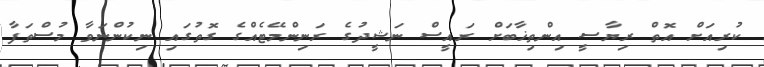
ކުރިއަށް އޮތް ރިޔާސީ އިންތިޚާބަށް ރައީސް ނަޝީދުގެ ރަނިންމޭޓެއްގެ ގޮތުގައި ނިކުންނަވާ މުސްތަފާ